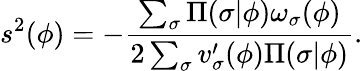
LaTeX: s^{2}(\phi)=-\frac{\sum_{\sigma}\Pi(\sigma\vert\phi)\omega_{\sigma}(\phi)}{2\sum_{\sigma}v_{\sigma}^{\prime}(\phi)\Pi(\sigma\vert\phi)}.